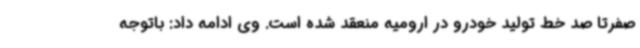
صفرتا صد خط تولید خودرو در ارومیه منعقد شده است. وی ادامه داد: باتوجه